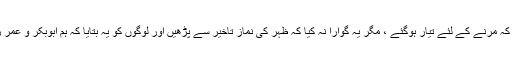
۵: سُوید بن غفلہؒ نماز ظہر اول وقت ادا کرنے پر اس قدر ڈٹے ہوئے تھے کہ مرنے کے لئے تیار ہوگئے ، مگر یہ گوارا نہ کیا کہ ظہر کی نماز تاخیر سے پڑھیں اور لوگوں کو یہ بتایا کہ ہم ابوبکر و عمر رضی اللہ تعالیٰ عنہما کے پیچھے اول وقت میں نمازِ ظہر ادا کرتے تھے۔